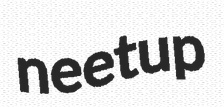
neetup